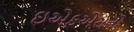
ઇએફએસનો